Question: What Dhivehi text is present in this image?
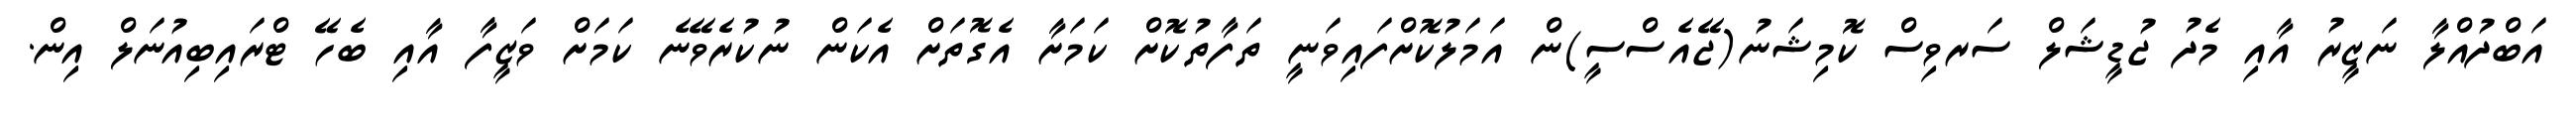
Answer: އަބްދުއްލާ ނަޒީރު އާއި މެދު ޖުޑީޝަލް ސަރވިސް ކޮމިޝަނު(ޖޭއެސްސީ)ން އަމަލުކޮށްފައިވަނީ ތަފާތުކޮށް ކަމަށާ އެގޮތަށް އެކަން ނުކުރެވޭނެ ކަމަށް ވަޒީފާ އާއި ބެހޭ ޓްރައިބިއުނަލް އިން.